Report of the Indian Hemp Drugs Commission, 1894-1895 - Volume III
Year: 1894
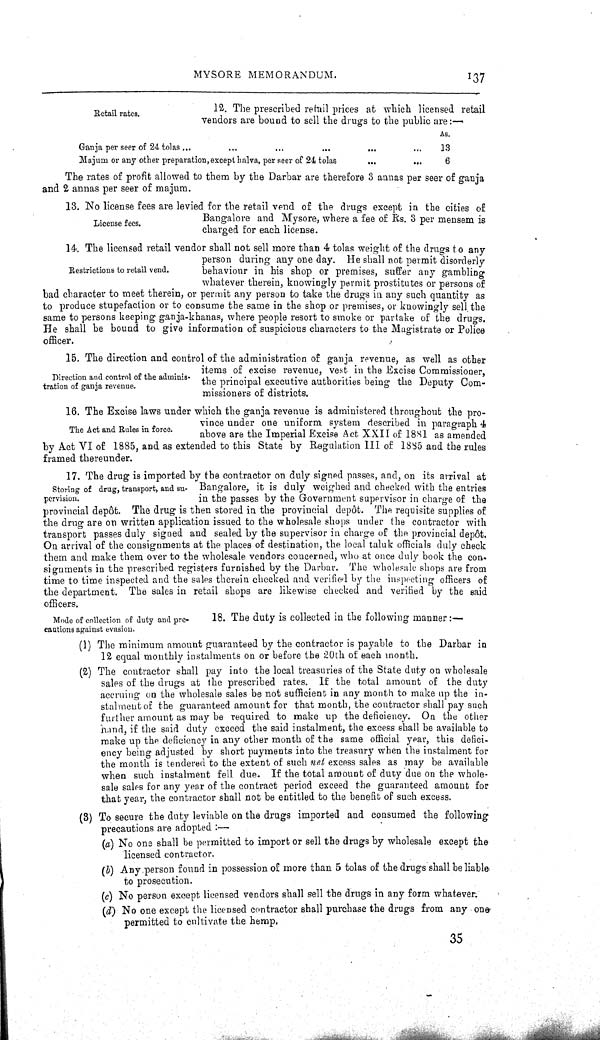
MYSORE MEMORANDUM.
137
Retail rates.
12. The prescribed retail prices at which licensed retail
vendors are bound to sell the drugs to the public are:—
As.
Ganja per seer of 24 tolas
13
Majum or any other preparation, except halva, per seer of 24 tolas
6
The rates of profit allowed to them by the Darbar are therefore 3 annas per seer of ganja
and 2 annas per seer of majum.
License fees.
13. No license fees are levied for the retail vend of the drugs except in the cities of
Bangalore and Mysore, where a fee of Rs. 3 per mensem is
charged for each license.
Restrictions to retail vend.
14. The licensed retail vendor shall not sell more than 4 tolas weight of the drugs to any
person during any one day. He shall not permit disorderly
behaviour in his shop or premises, suffer any gambling
whatever therein, knowingly permit prostitutes or persons of
bad character to meet therein, or permit any person to take the drugs in any such quantity as
to produce stupefaction or to consume the same in the shop or premises, or knowingly sell the
same to persons keeping ganja-khanas, where people resort to smoke or partake of the drugs.
He shall be bound to give information of suspicious characters to the Magistrate or Police
officer.
Direction and control of the adminis-
tration of ganja revenue.
15. The direction and control of the administration of ganja revenue, as well as other
items of excise revenue, vest in the Excise Commissioner,
the principal executive authorities being the Deputy Com-
missioners of districts.
The Act and Rules in force.
16. The Excise laws under which the ganja revenue is administered throughout the pro-
vince under one uniform system described in paragraph 4
above are the Imperial Excise Act XXII of 1881 as amended
by Act VI of 1885, and as extended to this State by Regulation III of 1885 and the rules
framed thereunder.
Storing of drug, transport, and su-
pervision.
17. The drug is imported by the contractor on duly signed passes, and, on its arrival at
Bangalore, it is duly weighed and checked with the entries
in the passes by the Government supervisor in charge of the
provincial depôt. The drug is then stored in the provincial depôt. The requisite supplies of
the drug are on written application issued to the wholesale shops under the contractor with
transport passes duly signed and sealed by the supervisor in charge of the provincial depôt.
On arrival of the consignments at the places of destination, the local taluk officials duly check
them and make them over to the wholesale vendors concerned, who at once duly book the con-
signments in the prescribed registers furnished by the Darbar. The wholesale shops are from
time to time inspected and the sales therein checked and verified by the inspecting officers of
the department. The sales in retail shops are likewise checked and verified by the said
officers.
Mode of collection of duty and pre-
cautions against evasion.
18. The duty is collected in the following manner:—
(1) The minimum amount guaranteed by the contractor is payable to the Darbar in
12 equal monthly instalments on or before the 20th of each month.
(2) The contractor shall pay into the local treasuries of the State duty on wholesale
sales of the drugs at the prescribed rates. If the total amount of the duty
accruing on the wholesale sales be not sufficient in any month to make up the in-
stalment of the guaranteed amount for that month, the contractor shall pay such
further amount as may be required to make up the deficiency. On the other
hand, if the said duty exceed the said instalment, the excess shall be available to
make up the deficiency in any other month of the same official year, this defici-
ency being adjusted by short payments into the treasury when the instalment for
the month is tendered to the extent of such net excess sales as may be available
when such instalment fell due. If the total amount of duty due on the whole-
sale sales for any year of the contract period exceed the guaranteed amount for
that year, the contractor shall not be entitled to the benefit of such excess.
(3) To secure the duty leviable on the drugs imported and consumed the following
precautions are adopted:—
(a) No one shall be permitted to import or sell the drugs by wholesale except the
licensed contractor.
(b) Any person found in possession of more than 5 tolas of the drugs shall be liable
to prosecution.
(c) No person except licensed vendors shall sell the drugs in any form whatever.
(d) No one except the licensed contractor shall purchase the drugs from any one
permitted to cultivate the hemp.
35